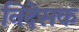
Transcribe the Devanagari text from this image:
निदेसक